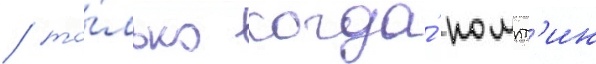
/ то́лько когда́ помпт'ин